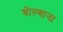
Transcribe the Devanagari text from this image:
बोल्गाना